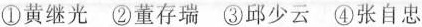
①黄继光 ②董存瑞 ③邱少云 ④张自忠